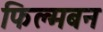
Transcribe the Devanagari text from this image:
फिल्मबन